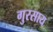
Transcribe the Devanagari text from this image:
गुरसाय